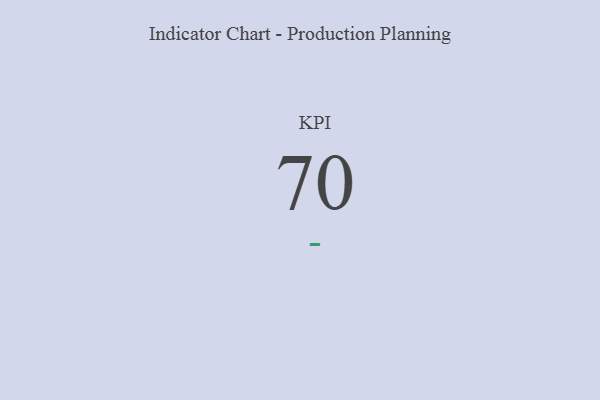
{"axis": {"x": "KPI", "y": "Value"}, "legend": [""], "data": [{"x": "KPI", "y": 70, "type": ""}]}